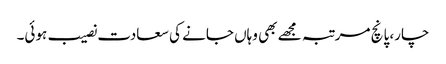
چار، پانچ مرتبہ مجھے بھی وہاں جانے کی سعادت نصیب ہوئی۔